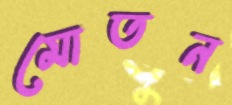
মোতন